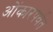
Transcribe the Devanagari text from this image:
ओंकारपर्वत